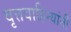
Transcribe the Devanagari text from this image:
वृत्तवाहिन्यांनी